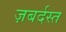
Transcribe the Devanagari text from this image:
ज़बर्दस्‍त